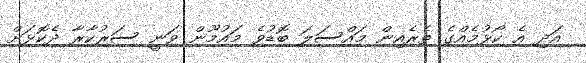
އަދި އެ ކޯޅުމެއްގެ ތެރެއިން މައްސަލަ ބޮޑުވެ މައުމޫން ވަނީ ސަރުކާރާ ދެކޮޅަށް